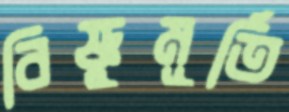
বিষ্ণুমূর্তি